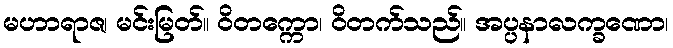
မဟာရာဇ၊ မင်းမြတ်။ ဝိတက္ကော၊ ဝိတက်သည်။ အပ္ပနာလက္ခဏော၊